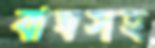
বাঘসহ